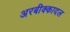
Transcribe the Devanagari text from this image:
अरबीक्कादल